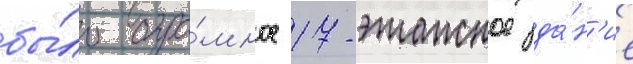
бы́ло огро́мное 17-этажное зда́н'ие